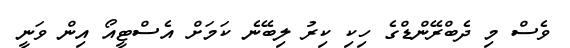
ވެސް މި ދެބްރޭންޑްގެ ހިކި ކިރު ލިބޭނެ ކަމަށް އެސްޓީއޯ އިން ވަނީ